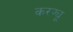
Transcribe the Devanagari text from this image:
करफ्यू